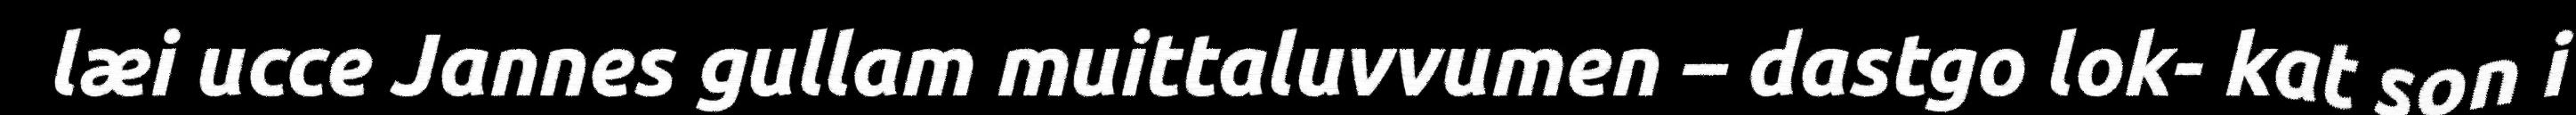
læi ucce Jannes gullam muittaluvvumen – dastgo lok- kat son i